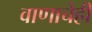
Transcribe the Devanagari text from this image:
वाणाचेही